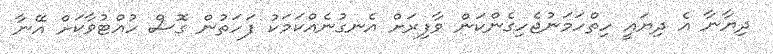
ދިޔާނާ އެ ދިޔައީ ހިތްހަމަނުޖެހިގެންކަން ވާފިރަށް އެނގުނެއްކަމަކު ފަހަތުން ގޮސް ހުއްޓުވާކަށް އޭނާ